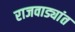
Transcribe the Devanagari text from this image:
राजवाड्यांत